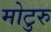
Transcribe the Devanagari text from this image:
मोटुरु